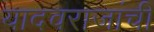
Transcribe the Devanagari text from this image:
यादवराजांची